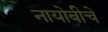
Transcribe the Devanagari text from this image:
नायोबीचे